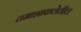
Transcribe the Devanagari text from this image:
तमाशाकलेतील